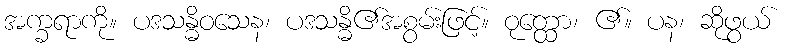
အက္ခရာကို။ ပဒသန္ဓိဝသေန၊ ပဒသန္ဓိ၏အစွမ်းဖြင့်။ ဝုတ္ထော၊ ၏။ ပန၊ ဆိုဖွယ်